Leaving Certificate Examination (including Day School Certificate (Higher) General paper), 1938
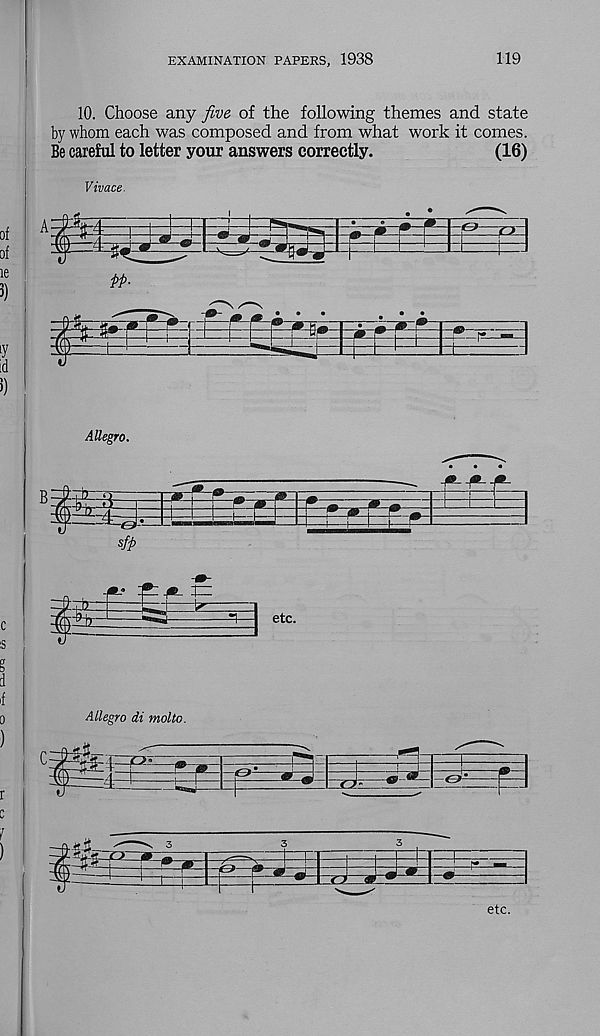
EXAMINATION PAPERS, 1938
119
10. Choose any five of the following themes and state
by whom each was composed and from what work it comes.
Be careful to letter your answers correctly.
(16)
Vivace.
Allegro.
Allegro di molto.
t'O’
etc.